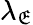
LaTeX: \lambda_{\mathfrak{E}}